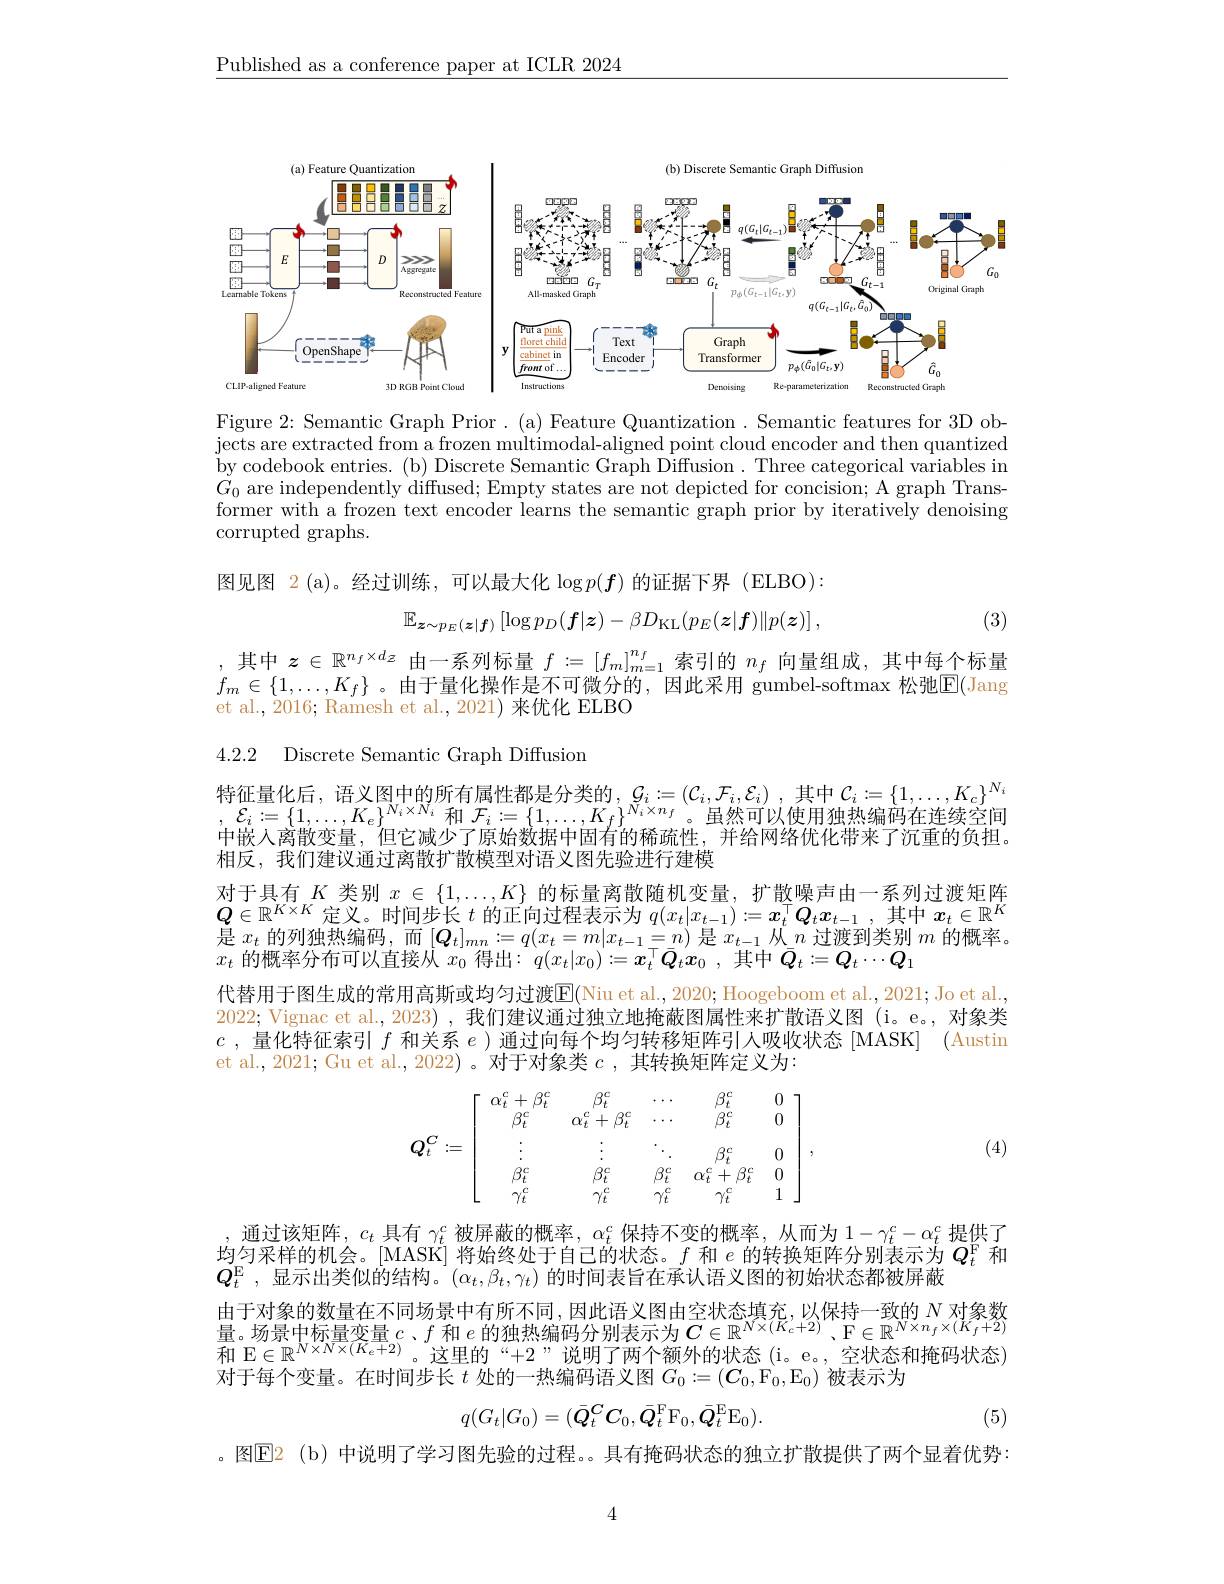
$\underline{\text{Published as a conference paper at ICLR 2024}}$

<FigureHere>

Figure 2: Semantic Graph Prior. (a) Feature Quantization. Semantic features for 3D ob- $\begin{array}{c}\text{jects are extracted from a frozen multimodal-aligned point cloud encoder and then quantized}\\\end{array}$ by codebook entries. ( b) Discrete Semantic Graph Diffusion . Three categorical variables in $G_0$ are independently diffused; Empty states are not depicted for concision; A graph Transformer with a frozen text encoder learns the semantic graph prior by iteratively denoising corrupted graphs.

图见图 2 (a)。经过训练，可以最大化$\log p(\boldsymbol{f})$的证据下界 (ELBO):
$$\mathbb{E}_{\boldsymbol{z}\sim p_{E}(\boldsymbol{z}|\boldsymbol{f})}\left[\log p_{D}(\boldsymbol{f}|\boldsymbol{z})-\beta D_{\mathrm{KL}}(p_{E}(\boldsymbol{z}|\boldsymbol{f})\|p(\boldsymbol{z})\right],$$
(3)

其中$z\in\mathbb{R}^{n_f\times d_z}$由一系列标量$f:=[f_m]_{m=1}^{n_f}$索引的$n_f$向量组成，其中每个标量$f_m\in\{1,\ldots,K_f\}$ 。由于量化操作是不可微分的，因此采用 gumbel-softmax 松弛$\boxed{\mathrm{F}}($Jang et al., 2016; Ramesh et al., 2021) 来优化 ELBO

4.2.2 Discrete Semantic Graph Diffusion

$\begin{array}{l}\text{特征量化后，语义图中的所有属性都是分类的 },&\mathcal{G}_{i}:=(\mathcal{C}_{i},\mathcal{F}_{i},\mathcal{E}_{i})\:,\text{其中 }\mathcal{C}_{i}:=\{1,\ldots,K_{c}\}^{N_{i}}\\:&\mathcal{E}_{i}:=\{1,\ldots,K_{e}\}^{N_{i}\times N_{i}}\text{ 和 }\mathcal{F}_{i}:=\{1,\ldots,K_{f}\}^{N_{i}\times n_{f}}。\text{虽然可以使用独热编码在连续空间}\end{array}$ 中嵌人离散变量，但它减少了原始数据中固有的稀疏性，并给网络优化带来了沉重的负担。相反，我们建议通过离散扩散模型对语义图先验进行建模
对于具有$K$类别$x\in\{1,\ldots,K\}$的标量离散随机变量，扩散噪声由一系列过渡矩阵$\begin{array}{l}Q\in\mathbb{R}^{\Lambda\times\Lambda}\text{ 定义。时间步长 }t\text{ 的正向过程表示为 }q(x_t|x_{t-1}):=\boldsymbol{x}_t^{\prime}\boldsymbol{Q}_tx_{t-1},\text{其中 }x_t\in\mathbb{R}^{\Lambda}\\\text{是 }x_t\text{ 的列独热编码，而 }[\boldsymbol{Q}_t]_{mn}:=q(x_t=m|x_{t-1}=n)\text{ 是 }x_{t-1}\text{ 从 }n\text{ 过渡到类别 }m\text{ 的概率。}\end{array}$ $x_t$ 的概率分布可以直接从 $x_0$ 得出$: q( x_t| x_0) : = x_t^\top \bar{Q} _tx_0$ , 其中$\bar{Q}_t:=Q_t\cdots Q_1$
代替用于图生成的常用高斯或均匀过渡E(Niu et al., 2020; Hoogeboom et al., 2021; Jo et al., 2022; Vignac et al., 2023) , 我们建议通过独立地掩蔽图属性来扩散语义图 (i。e。, 对象类$c$ ,量化特征索引$f$和关系$e$ )通过向每个均匀转移矩阵引人吸收状态[MASK] (Austir et al., 2021; Gu et al., 2022) 。对于对象类$c$,其转换矩阵定义为：
$$Q_t^C:=\left[\begin{array}{ccccc}\alpha_t^c+\beta_t^c&\beta_t^c&\cdots&\beta_t^c&0\\\beta_t^c&\alpha_t^c+\beta_t^c&\cdots&\beta_t^c&0\\\vdots&\vdots&\ddots&\beta_t^c&0\\\beta_t^c&\beta_t^c&\beta_t^c&\alpha_t^c+\beta_t^c&0\\\gamma_t^c&\gamma_t^c&\gamma_t^c&\gamma_t^c&1\end{array}\right],$$
(4)

, 通过该矩阵$,c_t$ 具有 $\gamma_t^c$被屏蔽的概率$,\alpha_t^c$ 保持不变的概率，从而为 $1-\gamma_t^c-\alpha_t^c$ 提供了均匀采样的机会。[MASK] 将始终处于自己的状态。$f$和$e$的转换矩阵分别表示为$Q_t^\mathrm{F}$和$Q_t^\mathrm{E}$ ,显示出类似的结构。$(\alpha_t,\beta_t,\gamma_t)$的时间表旨在承认语义图的初始状态都被屏蔽
由 于 对 象 的 数 量 在 不 同 场 景 中 有 所 不 同 , 因 此 语 义 图 由 空 状 态 填 充 , 以 保 持 一 致 的 $N$ 对 象 数 量 。场 景 中 标 量 变 量 $c$ , $f$ 和 $e$ 的 独 热 编 码 分 别 表 示 为 $C\in \mathbb{R} ^{N\times ( K_c+ 2) }$、 $\mathcal{F} \in \mathbb{R} ^N\times n_f\times ( K_f+ 2)$ 和 E$\in\mathbb{R}^N\times N\times(K_e+2)$。这里的“+2”说明了两个额外的状态(i。e。,空状态和掩码状态) 对于每个变量。在时间步长$t$处的一热编码语义图$G_0:=(\boldsymbol{C}_0,\mathcal{F}_0,\mathcal{E}_0)$被表示为
$$q(G_t|G_0)=(\bar{Q}_t^CC_0,\bar{Q}_t^\mathrm{F}\mathrm{F}_0,\bar{Q}_t^\mathrm{E}\mathrm{E}_0).$$
(5)

。图$\mathbb{E}$2(b)中说明了学习图先验的过程。具有掩码状态的独立扩散提供了两个显着优势：

4